Report on vaccination in the Province of Bengal - 1874-1889
Year: 1874
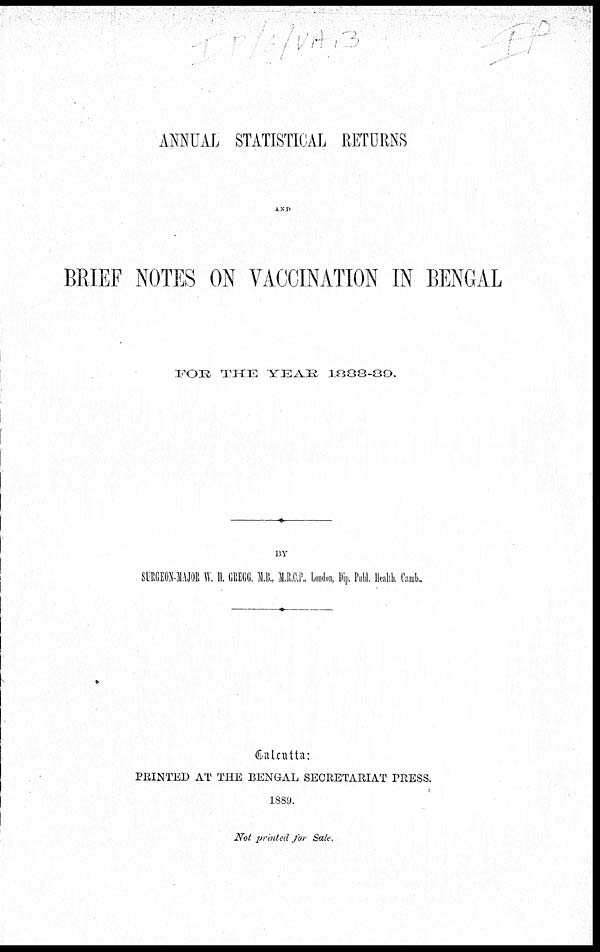
ANNUAL STATISTICAL RETURNS
AND
BRIEF NOTES ON VACCINATION IN BENGAL
FOR
THE YEAR
1888-89.
BY
SURGEON-MAJOR W. H. GREGG, M.B., M.R.C.P., London, Dip. Publ. Health. Camb.,
Calcutta:
PRINTED AT THE BENGAL SECRETARIAT PRESS.
1889.
Not printed for Sale.